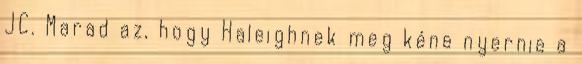
JC. Marad az, hogy Haleighnek meg kéne nyernie a